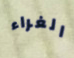
الغراء